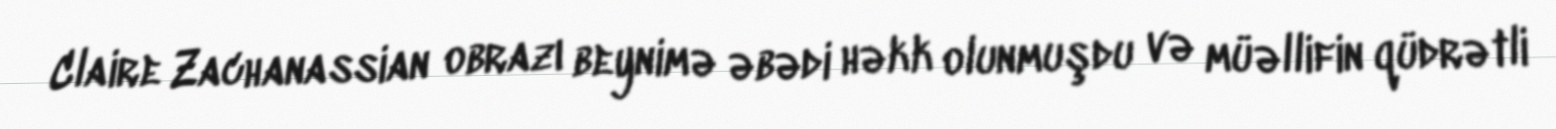
Claire Zachanassian obrazı beynimə əbədi həkk olunmuşdu və müəllifin qüdrətli